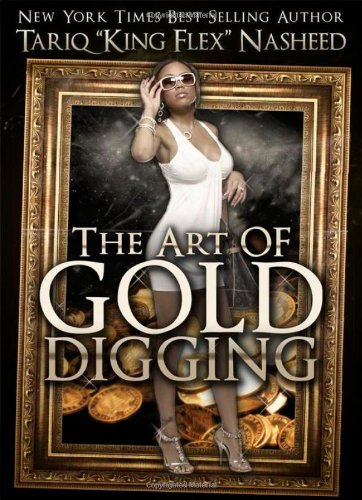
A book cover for The Art of Gold Digging; Tariq "King Flex" Nasheed; Self-Help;